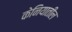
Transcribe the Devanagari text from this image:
केनियातील